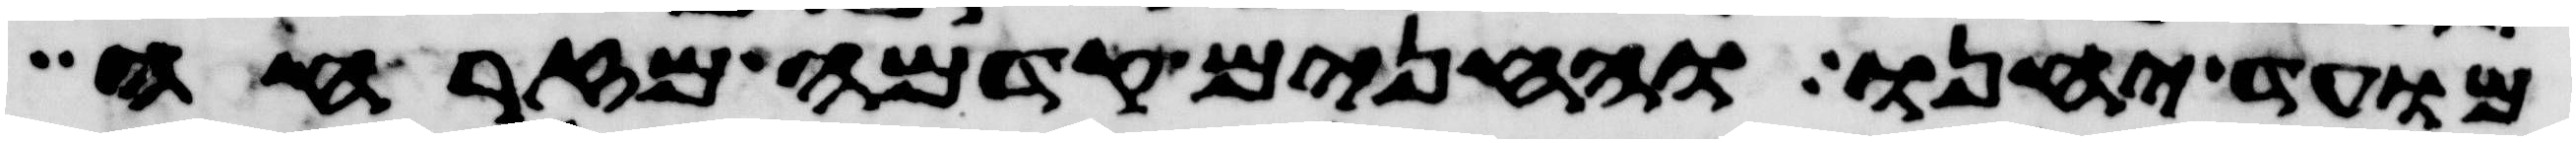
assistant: מועד יחנו והחנים קדמה מזרחה